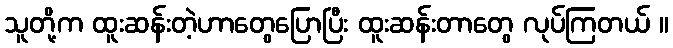
သူတို့က ထူးဆန်းတဲ့ဟာတွေပြောပြီး ထူးဆန်းတာတွေ လုပ်ကြတယ် ။